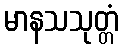
မာနသသုတ္တံ